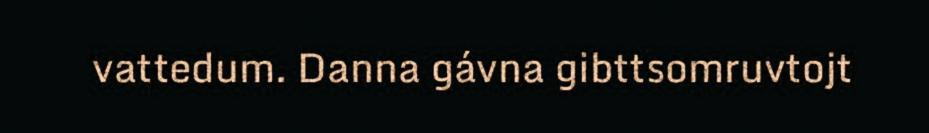
vattedum. Danna gávna gibttsomruvtojt